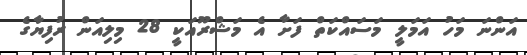
އަންނަ މަހު އަމަލީ މަސައްކަތް ފަށާ އެ މަޝްރޫއަކީ 28 މިލިއަން ރުފިޔާގެ